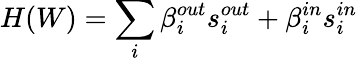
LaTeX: H(W)=\sum_{i}\beta_{i}^{out}s_{i}^{out}+\beta_{i}^{in}s_{i}^{in}